Vaccination in Bombay 1924-1928 - 1924-1928
Year: 1924
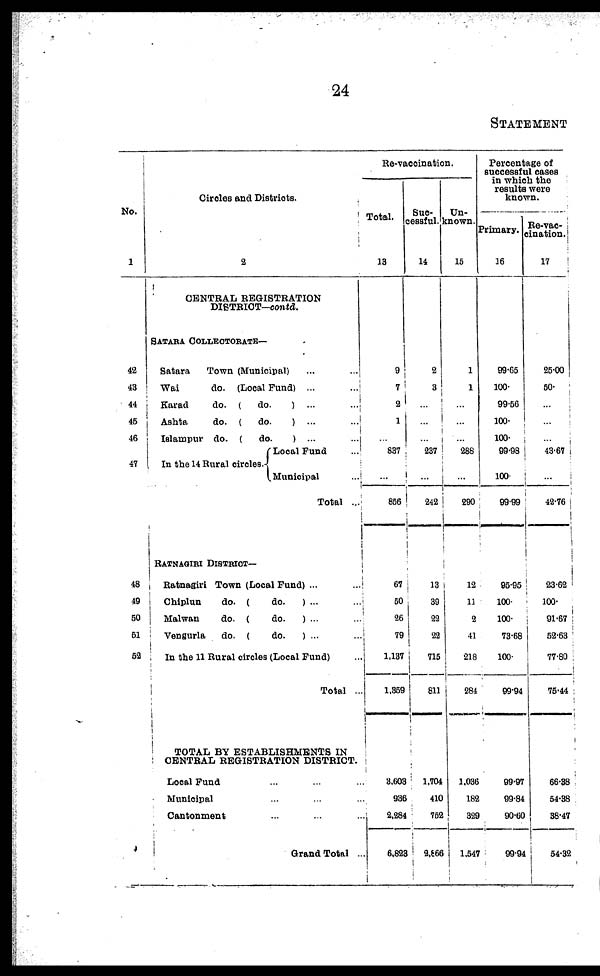
24
STATEMENT
No.
1
42
43
44
45
46
47
48
49
50
51
52
Circles and Districts.
2
CENTRAL REGISTRATION
DISTRICT—contd.
SATARA COLLECTORATE—
Satara
Town (Municipal) ... ...
Wai
do. (Local Fund) ...
...
Karad
do. (
do.
) ...
...
Ashta
do. (
do.
) ...
...
Islampur do. (
do)
... ...
In the 14 Rural circles.
Local Fund
...
Municipal ...
Total ...
RATNAGIRI DISTRICT—
Ratnagiri Town (Local Fund) ... ...
Chiplun
do. (
do.
) ... ...
Malwan
do. (
do.
) ... ...
Vengurla
do. (
do.
) ... ...
In the 11 Rural circles (Local Fund) ...
Total ...
TOTAL BY ESTABLISHMENTS IN
CENTRAL REGISTRATION DISTRICT.
Local Fund ... ... ...
Municipal ... ... ...
Cantonment ... ... ...
Grand Total ...
Re-vaccination.
Total.
13
9
7
2
1
...
837
...
856
67
50
26
79
1,137
1,359
3,603
936
2,284
6,823
Suc¬
cessful.
14
2
3
...
...
...
237
...
242
13
39
22
22
715
811
1,704
410
752
2,866
Un-
known.
15
1
1
...
...
...
288
...
290
12
11
2
41
218
284
1,036
182
329
1,547
Percentage of
successful cases
in which the
results were
known.
Primary.
16
99.65
100.
99.56
100.
100.
99.98
100.
99.99
95.95
100.
100.
73.68
100.
99.94
99.97
99.84
90.60
99.94
Re-vac¬
cination.
17
25.00
50.
...
...
...
43.67
...
42.76
23.62
100.
91.67
52.63
77.80
75.44
66.38
54.38
38.47
54.32